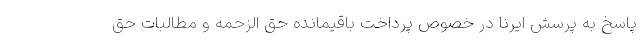
پاسخ به پرسش ایرنا در خصوص پرداخت باقیمانده حق الزحمه و مطالبات حق